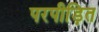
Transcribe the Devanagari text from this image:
परपीड़ित